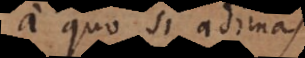
a quo si adimas